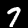
Digit: 7